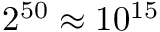
2 ^ { 5 0 } \approx 1 0 ^ { 1 5 }